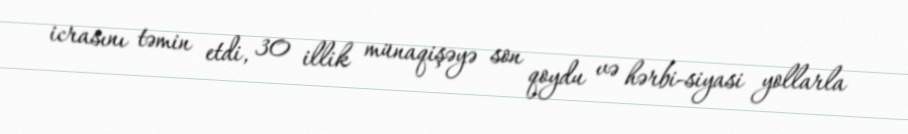
icrasını təmin etdi, 30 illik münaqişəyə son qoydu və hərbi-siyasi yollarla